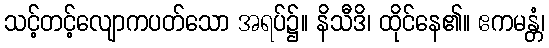
သင့်တင့်လျောကပတ်သော အရပ်၌။ နိသီဒိ၊ ထိုင်နေ၏။ ဧကမန္တံ၊